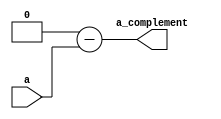
module complement_16bit(a, a_complement);

input [15:0] a;
output wire [15:0] a_complement;

assign a_complement = {1'b1, 16'b0} - a;

endmodule